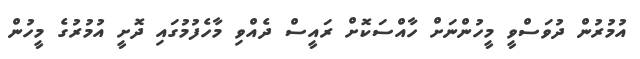
އުމުރުން ދުވަސްވީ މީހުންނަށް ހާއްސަކޮށް ރައީސް ދެއްވި މާހެފުމުގައި ދޮށީ އުމުރުގެ މީހުން